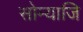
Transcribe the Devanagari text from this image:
सोम्याजि